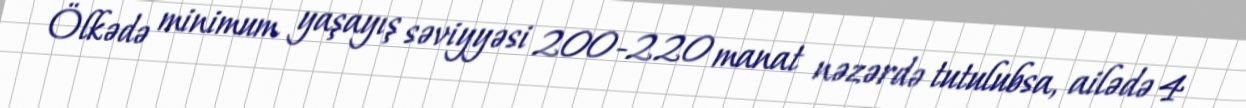
Ölkədə minimum yaşayış səviyyəsi 200-220 manat nəzərdə tutulubsa, ailədə 4